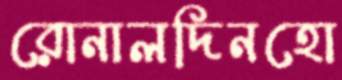
রোনালদিনহো